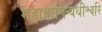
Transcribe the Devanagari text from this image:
महायोगिन्यधीश्वरि